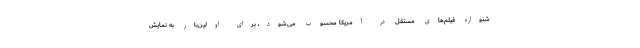
شنواره فیلم‌های مستقل در آمریکا محسوب می‌شود، برای اولین‌بار به نمایش